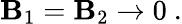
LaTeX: {\cal\mathbf{B}}_{1}={\cal\mathbf{B}}_{2}\rightarrow0\ .